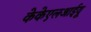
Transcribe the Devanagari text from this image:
केकेएलआईयू